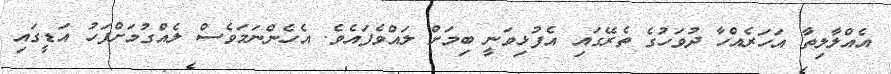
އެއްލާލިތާ އަހަރެއްހާ ދުވަހުގެ ތެރޭގައި އެފުޅިވަނީ ބިމަށް ލައްވެފައެވެ. އެހެންނަމަވެސް ލެއްގުމަށްފަހު އަޑީގައި